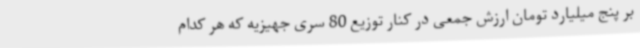
بر پنج میلیارد تومان ارزش جمعی در کنار توزیع 80 سری جهیزیه که هر کدام